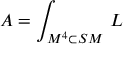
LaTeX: { \cal A } = \int _ { { \cal M } ^ { 4 } \subset { \cal S M } } \, { \cal L }